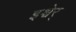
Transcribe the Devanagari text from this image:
इश्वेर्